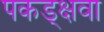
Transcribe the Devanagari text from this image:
पकड्क्षवा